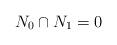
LaTeX: \begin{align*} N_0 \cap N_1 = 0\end{align*}